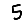
Digit: 5